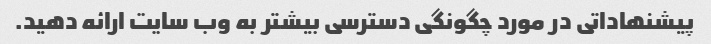
پیشنهاداتی در مورد چگونگی دسترسی بیشتر به وب سایت ارائه دهید.